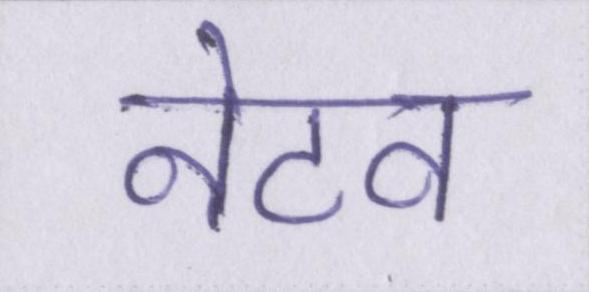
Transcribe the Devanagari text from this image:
नेटव